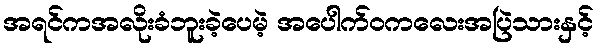
အရင်ကအလိုးခံဘူးခဲ့ပေမဲ့ အပေါက်ဝကလေးအပြဲသားနှင့်